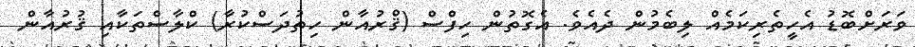
ވަރަށްބޮޑު އެހީތެރިކަމެއް ލިބެމުން ދެެއެވެ. އެގޮތުން ހިފްސް (ޤްރުއާން ހިތުދަސްކުރާ) ކްލާސްތަކާއި ޤުރުއާން